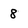
Character: 8